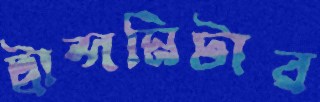
ট্রান্সমিটার